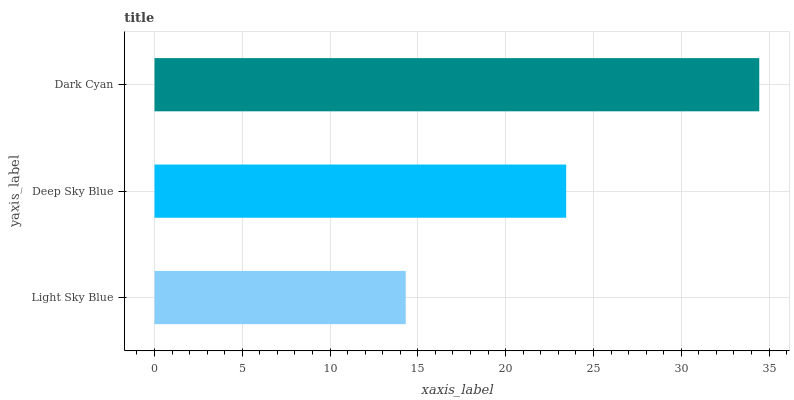
| yaxis_label | bars |
 | --- | --- |
 | Light Sky Blue | 14.3 |
 | Deep Sky Blue | 23.4 |
 | Dark Cyan | 34.4 |